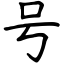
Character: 号